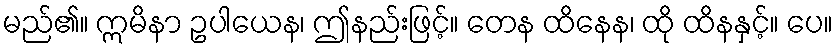
မည်၏။ ဣမိနာ ဥပါယေန၊ ဤနည်းဖြင့်။ တေန ထိနေန၊ ထို ထိနနှင့်။ ပေ။